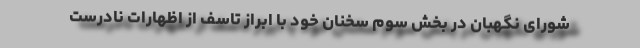
شورای نگهبان در بخش سوم سخنان خود با ابراز تاسف از اظهارات نادرست